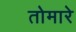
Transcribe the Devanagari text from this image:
तोमारे